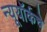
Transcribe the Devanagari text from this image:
न्यूयॉर्कचे